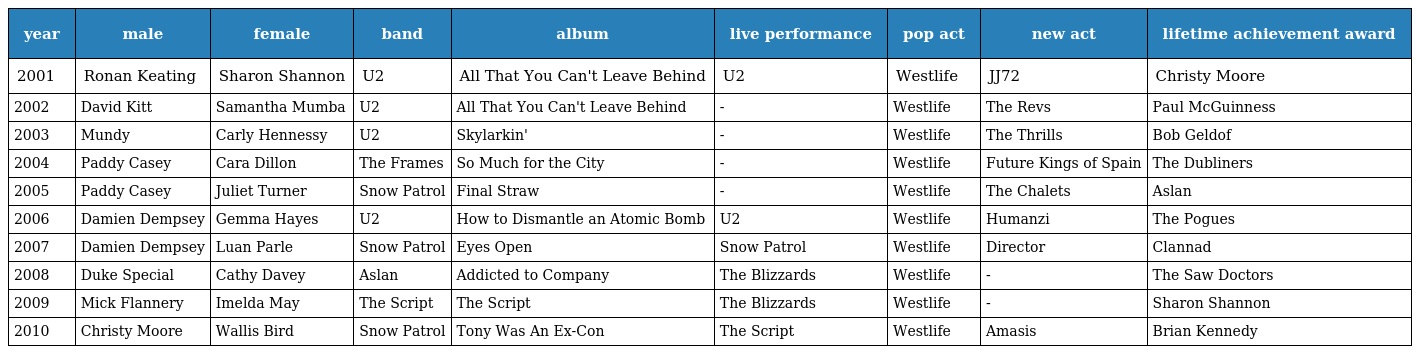
| year | male | female | band | album | live performance | pop act | new act | lifetime achievement award |
 | --- | --- | --- | --- | --- | --- | --- | --- | --- |
 | 2001 | Ronan Keating | Sharon Shannon | U2 | All That You Can't Leave Behind | U2 | Westlife | JJ72 | Christy Moore |
 | 2002 | David Kitt | Samantha Mumba | U2 | All That You Can't Leave Behind | - | Westlife | The Revs | Paul McGuinness |
 | 2003 | Mundy | Carly Hennessy | U2 | Skylarkin' | - | Westlife | The Thrills | Bob Geldof |
 | 2004 | Paddy Casey | Cara Dillon | The Frames | So Much for the City | - | Westlife | Future Kings of Spain | The Dubliners |
 | 2005 | Paddy Casey | Juliet Turner | Snow Patrol | Final Straw | - | Westlife | The Chalets | Aslan |
 | 2006 | Damien Dempsey | Gemma Hayes | U2 | How to Dismantle an Atomic Bomb | U2 | Westlife | Humanzi | The Pogues |
 | 2007 | Damien Dempsey | Luan Parle | Snow Patrol | Eyes Open | Snow Patrol | Westlife | Director | Clannad |
 | 2008 | Duke Special | Cathy Davey | Aslan | Addicted to Company | The Blizzards | Westlife | - | The Saw Doctors |
 | 2009 | Mick Flannery | Imelda May | The Script | The Script | The Blizzards | Westlife | - | Sharon Shannon |
 | 2010 | Christy Moore | Wallis Bird | Snow Patrol | Tony Was An Ex-Con | The Script | Westlife | Amasis | Brian Kennedy |